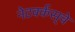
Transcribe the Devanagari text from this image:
नेटवर्कस्‌चे